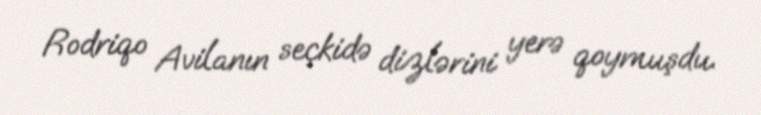
Rodriqo Avilanın seçkidə dizlərini yerə qoymuşdu.